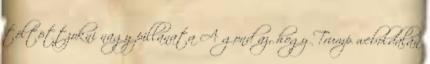
töltöttzokni nagy pillanata A gond az, hogy Trump weboldalán